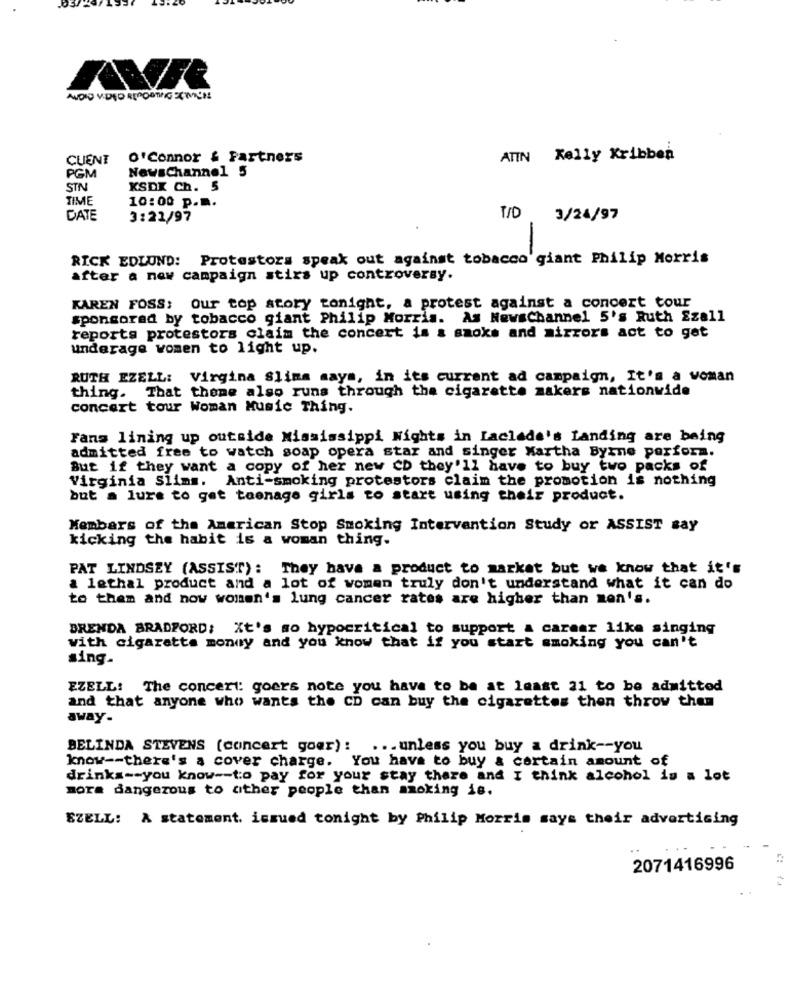
AUDIO VIDEO REPORTINGECMUN
CLIENT
O'Connor & Partners
ATIN Kelly Kribben
NewsChannel 5
PGM
STN
KSDK Ch. 5
TIME
10:00 p.
DATE
3:21/97
T/D 3/24/97
RICK EDLUND: Protestors speak out against tobacco giant Philip Morris
after a new campaign stirs up controversy.
KAREN FOSS: Our top atory tonight, a protest against a concert tour
sponsored by tobacco giant Philip Morris. As NewsChannel 5's Ruth Ezall
reports protestors claim the concert is a smoke and mirrors act to get
underage women to light up.
RUTH EZELL: Virgina Slims says, in its current ad campaign, It's a woman
thing. That theme also runs through the cigarette makers nationwide
concert tour Woman Music Thing.
Fans lining up outside Mississippi Nights in Laclede's Landing are being
admitted free to watch soap opera star and singer Martha Byrne perform.
But if they want a copy of her new CD they'll have to buy two packs of
Virginia Slims. Anti-smoking protestors claim the promotion is nothing
but a lure to get teenage girls to start using their product.
Members of the American Stop Smoking Intervention Study or ASSIST say
kicking the habit is a woman thing.
PAT LINDSEY (ASSIST): They have a product to market but we know that it's
a lethal product and a lot of women truly don't understand what it can do
to them and now women's lung cancer rates are higher than mon's.
BRENDA BRADFORD; Xt's mo hypocritical to support a carmar like singing
with cigarette money and you know that if you start smoking you can't
sing.
EZELL: The concert: goers note you have to be at least 21 to be admitted
and that anyone who wants the CD can buy the cigarettes then throw them
away-
BELINDA STEVENS (concert goer) :
... unless you buy a drink -- you
know -- there's a cover charge. You have to buy & certain amount of
drinks -- you know -- to pay for your stay there and I think alcohol is a lot
more dangerous to other people than moking is.
SZELL: A statement. issued tonight by Philip Morris says their advertising
2071416996
1.1